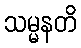
သမ္မနတိ